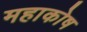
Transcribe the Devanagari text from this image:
महाकोष